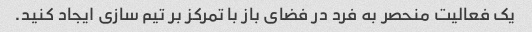
یک فعالیت منحصر به فرد در فضای باز با تمرکز بر تیم سازی ایجاد کنید.